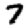
Digit: 7